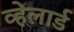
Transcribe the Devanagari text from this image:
व्हेलार्ड